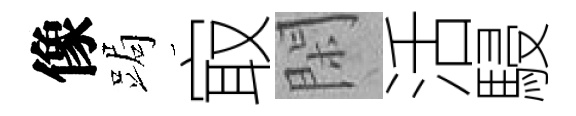
像跼㝡閑活駸